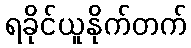
ရခိုင်ယူနိုက်တက်